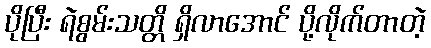
ပိုပြီး ရဲစွမ်းသတ္တိ ရှိလာအောင် ပို့လိုက်တာတဲ့